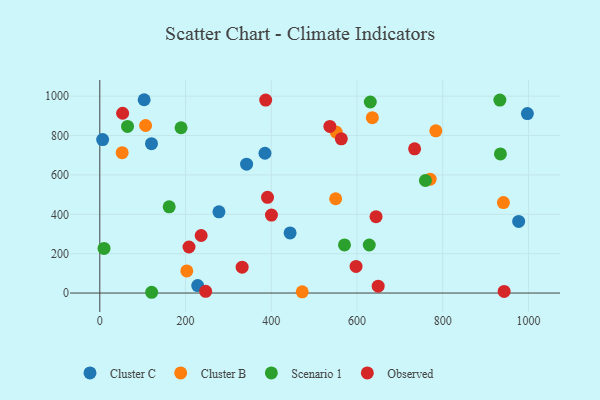
{"axis": {"x": "Experience", "y": "Exam Score"}, "legend": ["Cluster B", "Cluster C", "Observed", "Scenario 1"], "data": [{"x": "342.5", "y": 654.6, "type": "Cluster C"}, {"x": "103.5", "y": 982.0, "type": "Cluster C"}, {"x": "997.6", "y": 911.8, "type": "Cluster C"}, {"x": "278.0", "y": 412.4, "type": "Cluster C"}, {"x": "120.6", "y": 758.8, "type": "Cluster C"}, {"x": "444.0", "y": 305.6, "type": "Cluster C"}, {"x": "6.6", "y": 779.8, "type": "Cluster C"}, {"x": "385.4", "y": 710.2, "type": "Cluster C"}, {"x": "228.4", "y": 37.9, "type": "Cluster C"}, {"x": "977.3", "y": 363.8, "type": "Cluster C"}, {"x": "551.5", "y": 817.9, "type": "Cluster B"}, {"x": "941.7", "y": 459.3, "type": "Cluster B"}, {"x": "770.7", "y": 578.6, "type": "Cluster B"}, {"x": "52.2", "y": 712.9, "type": "Cluster B"}, {"x": "784.0", "y": 824.1, "type": "Cluster B"}, {"x": "203.0", "y": 112.1, "type": "Cluster B"}, {"x": "472.3", "y": 6.2, "type": "Cluster B"}, {"x": "635.9", "y": 890.7, "type": "Cluster B"}, {"x": "550.3", "y": 479.0, "type": "Cluster B"}, {"x": "106.9", "y": 851.1, "type": "Cluster B"}, {"x": "759.7", "y": 571.8, "type": "Scenario 1"}, {"x": "121.0", "y": 3.9, "type": "Scenario 1"}, {"x": "570.9", "y": 244.5, "type": "Scenario 1"}, {"x": "161.9", "y": 438.0, "type": "Scenario 1"}, {"x": "934.7", "y": 706.7, "type": "Scenario 1"}, {"x": "631.1", "y": 970.5, "type": "Scenario 1"}, {"x": "189.6", "y": 839.6, "type": "Scenario 1"}, {"x": "628.7", "y": 244.1, "type": "Scenario 1"}, {"x": "933.4", "y": 980.2, "type": "Scenario 1"}, {"x": "64.7", "y": 846.5, "type": "Scenario 1"}, {"x": "9.9", "y": 226.4, "type": "Scenario 1"}, {"x": "563.5", "y": 783.2, "type": "Observed"}, {"x": "236.5", "y": 292.3, "type": "Observed"}, {"x": "943.4", "y": 8.1, "type": "Observed"}, {"x": "391.3", "y": 486.0, "type": "Observed"}, {"x": "536.8", "y": 846.3, "type": "Observed"}, {"x": "649.5", "y": 34.8, "type": "Observed"}, {"x": "400.5", "y": 396.3, "type": "Observed"}, {"x": "247.0", "y": 8.8, "type": "Observed"}, {"x": "332.1", "y": 131.5, "type": "Observed"}, {"x": "597.9", "y": 135.3, "type": "Observed"}, {"x": "53.3", "y": 913.4, "type": "Observed"}, {"x": "387.0", "y": 980.3, "type": "Observed"}, {"x": "208.1", "y": 234.0, "type": "Observed"}, {"x": "644.5", "y": 387.7, "type": "Observed"}, {"x": "734.5", "y": 732.5, "type": "Observed"}]}